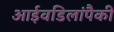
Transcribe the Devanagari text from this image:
आईवडिलांपैकी